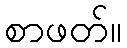
စာဖတ်။